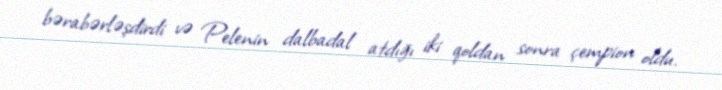
bərabərləşdirdi və Pelenin dalbadal atdığı iki qoldan sonra çempion oldu.